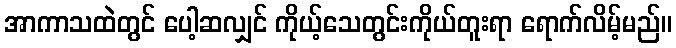
အာကာသထဲတွင် ပေါ့ဆလျှင် ကိုယ့်သေတွင်းကိုယ်တူးရာ ရောက်လိမ့်မည်။